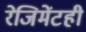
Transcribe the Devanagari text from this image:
रेजिमेंटही